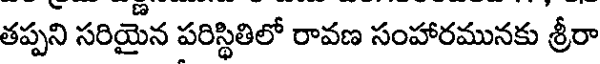
తప్పని సరియైన పరిస్థితిలో రావణ సంహారమునకు శ్రీరా